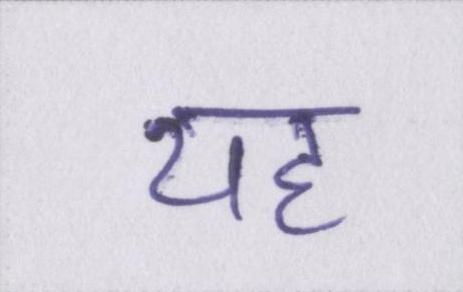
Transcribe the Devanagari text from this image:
यह